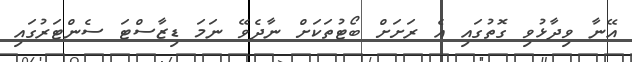
އޭނާ ވިދާޅުވި ގޮތުގައި އެ ރަށަށް ބޯޓުތަކަށް ނާދެވޭ ނަމަ ޑިޒާސްޓަ ސެންޓަރުގައި